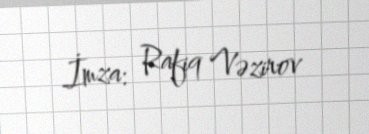
İmza: Rafiq Vəzirov